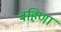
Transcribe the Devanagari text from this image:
बहिणा